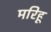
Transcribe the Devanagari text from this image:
मरिहू